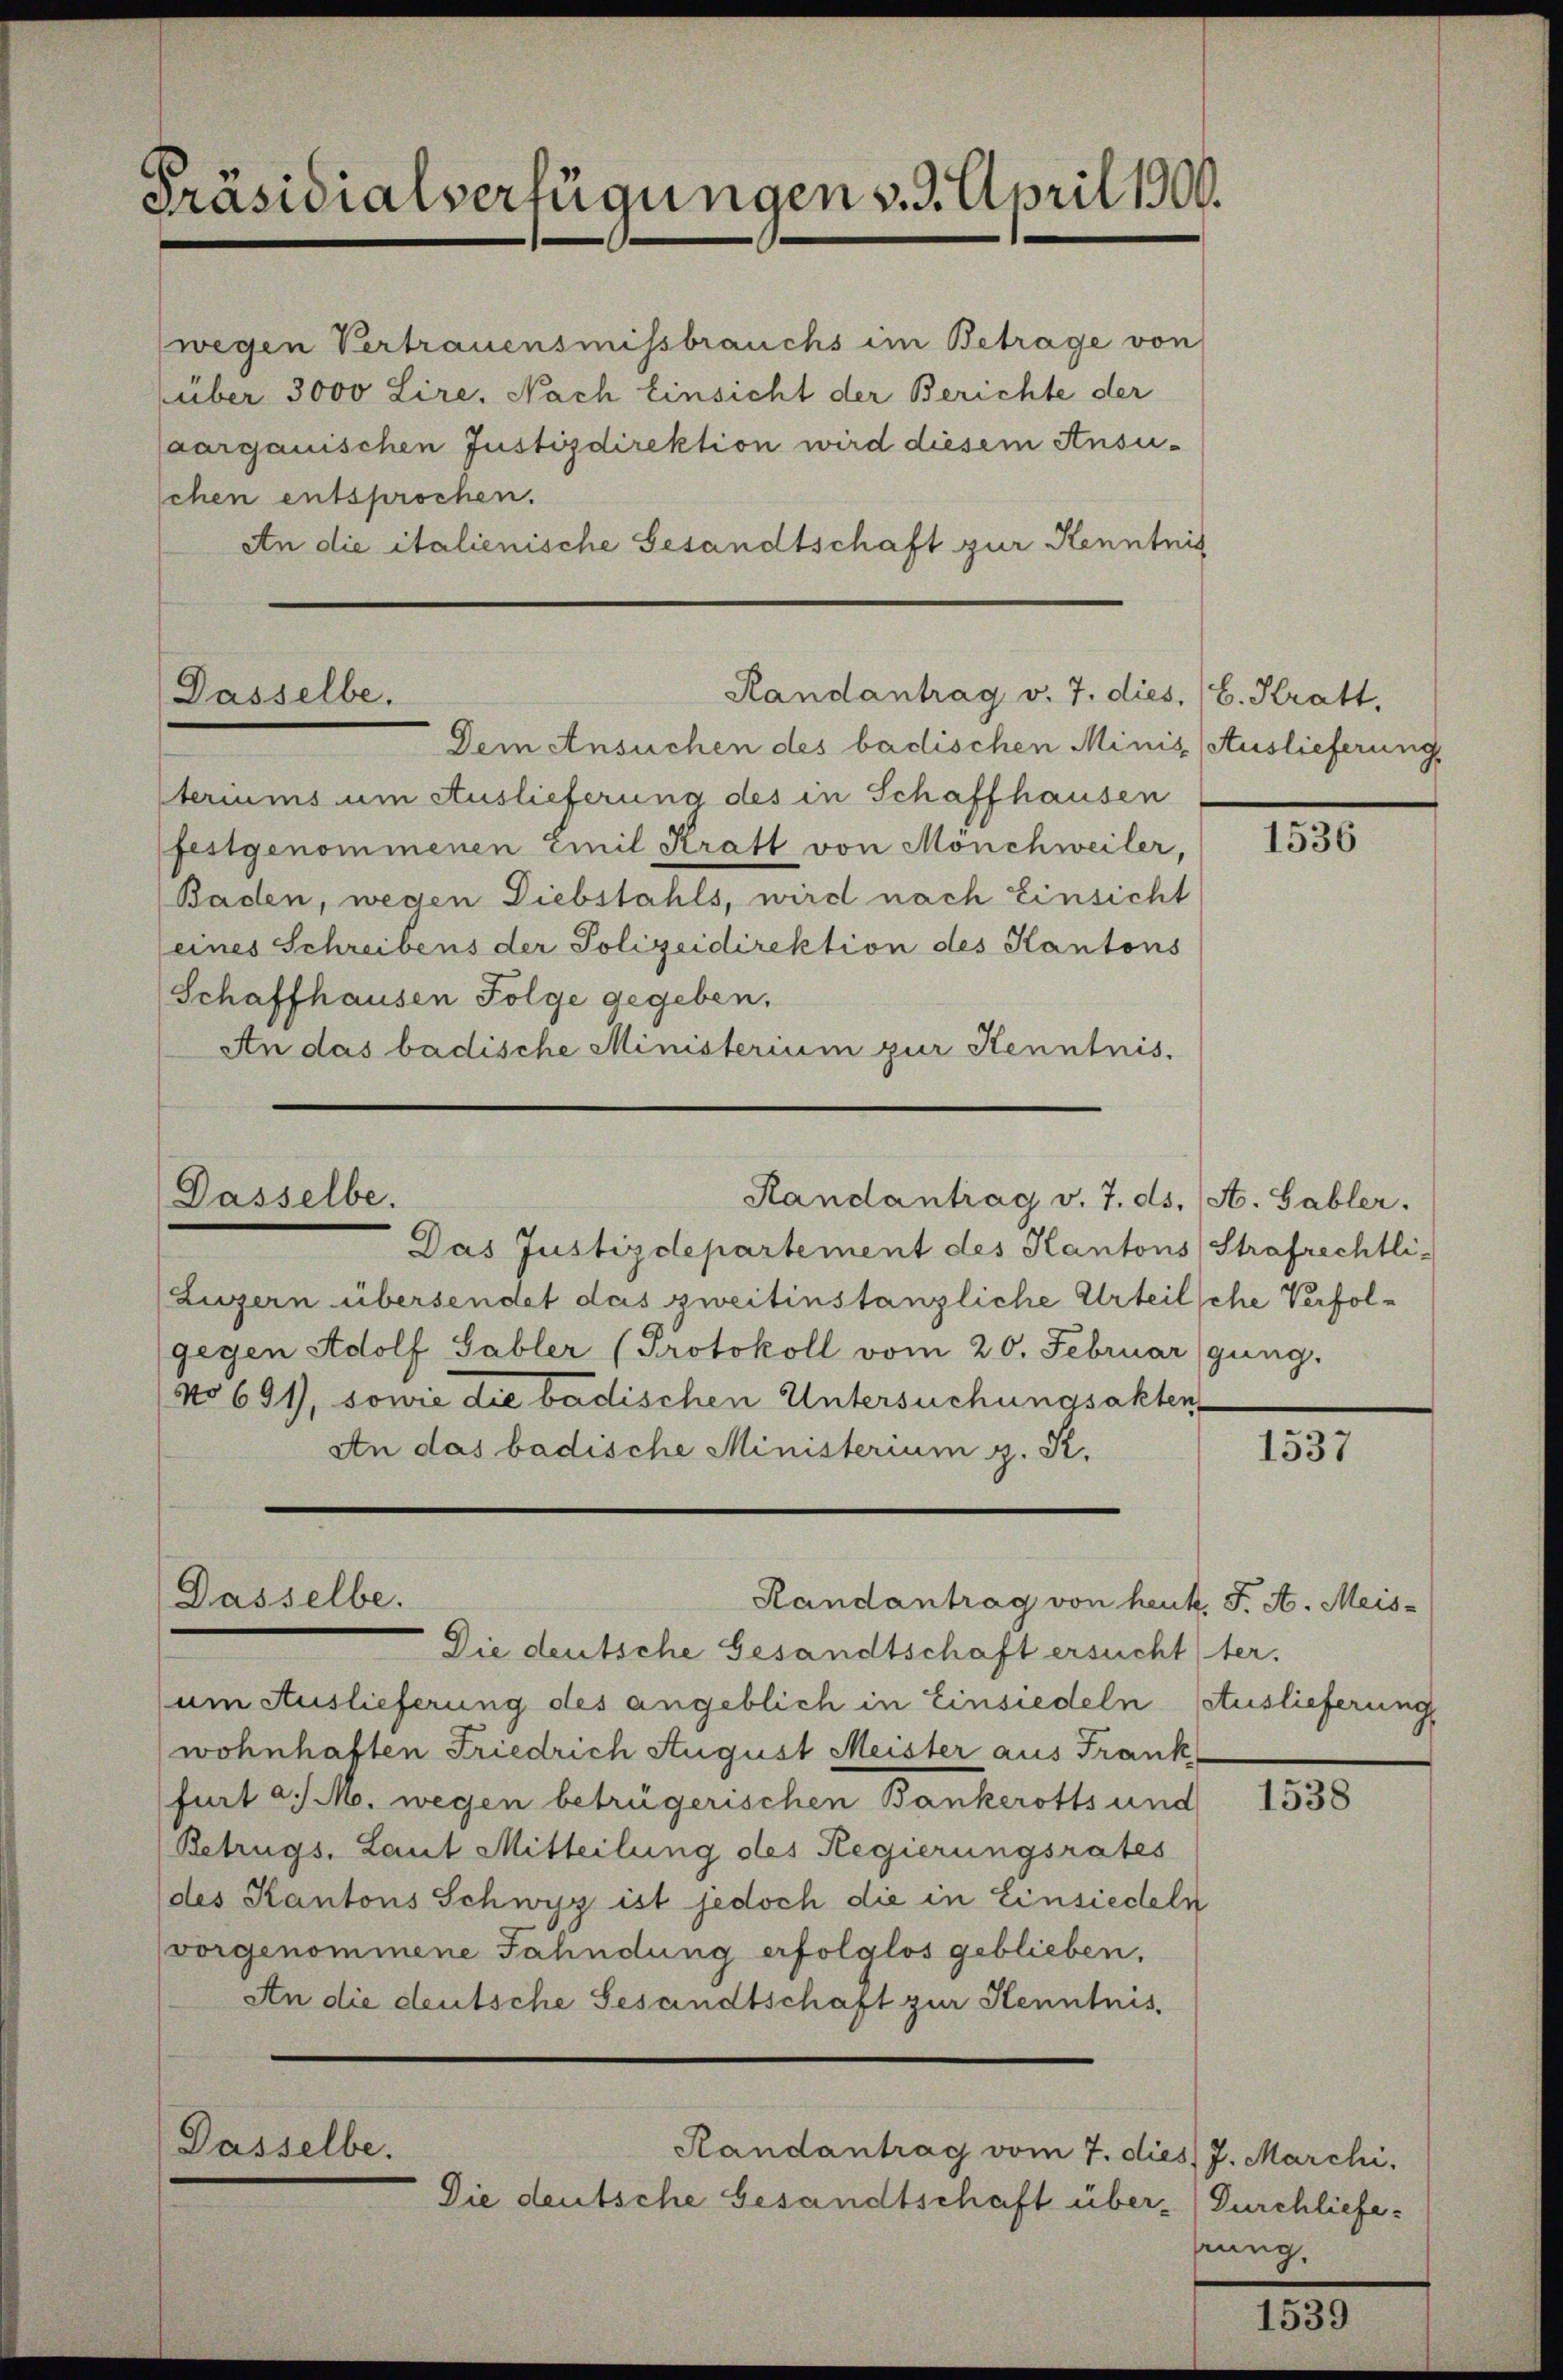
Präsidialverfügungen v. 3. April 1900.

wegen Vertrauensmissbrauchs im Betrage von
über 3000 Lire. Nach Einsicht der Berichte der
aargauischen Justizdirektion wird diesem Ansu-
schen entsprochen.
An die italienische Gesandtschaft zur Kenntnis

Dasselbe.

Dasselbe.

Dasselbe.

Dem Ansuchen des badischen Minis (Auslieferung,
steriums um Auslieferung des in Schaffhausen
festgenommenen Emil Kratt von Mönchweiler,
Baden, wegen Diebstahls, wird nach Einsicht
(eines Schreibens der Polizeidirektion des Kantons
Schaffhausen Folge gegeben.
An das badische Ministerium zur Kenntnis.

Randantrag v. 7. dies. E. Kratt.

Randantrag v. 7. ds. (A. Gabler.

Randantrag von heut. F. A. Meis-

Das Justizdepartement des Kantons Strafrechtli-
(Luzern übersendet das zweitinstanzliche Urteilsche Verfolgegen Adolf Tabler (Protokoll vom 20. Februar (gung.
No 691), sowie die badischen Untersuchungsakten,
An das badische Ministerium z. R.

Die deutsche Gesandtschaft ersuchtter.
um Auslieferung des angeblich in Einsiedeln (Auslieferung
wohnhaften Friedrich August Meister aus Frank
furt a. M. wegen betrügerischen Bankerotts und
Betrugs, Laut Mitteilung des Regierungsrates
(des Kantons Schwyz ist jedoch die in Einsiedeln
vorgenommene Fahndung erfolglos geblieben,
An die deutsche Gesandtschaft zur Henntnis¬
Passelbe.
Randantrag vom 7. dies J. Marchi
Die deutsche Gesandtschaft über- (Durchliefe¬

1536

1537

1538

sung,

1539